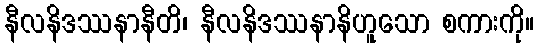
နီလနိဒဿနာနီတိ၊ နီလနိဒဿနာနိဟူသော စကားကို။